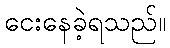
ငေးနေခဲ့ရသည်။